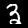
Label: 3